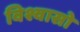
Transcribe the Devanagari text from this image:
विश्वासो